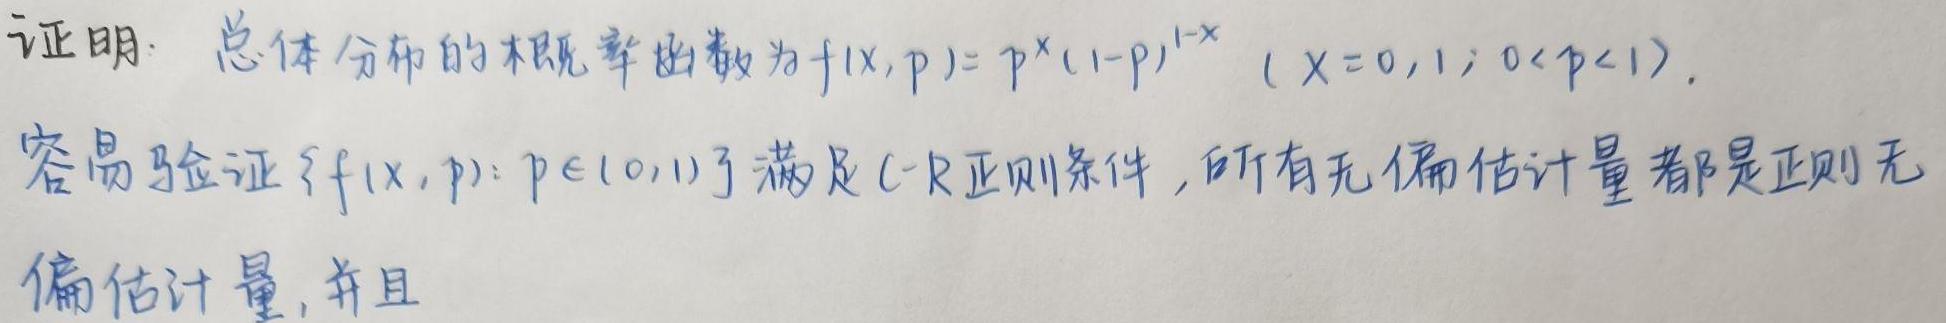
证明：总体分布的概率函数为$f(x,p)=p^{x}(1 - p)^{1 - x}\ (x = 0,1;0 < p < 1)$。
容易验证$\{f(x,p):p\in(0,1)\}$满足C - R正则条件，所有无偏估计量都是正则无
偏估计量，并且